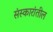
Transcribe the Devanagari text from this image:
संस्कारांतील